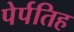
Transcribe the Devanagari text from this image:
पेर्पतिह